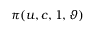
\pi ( u , c , 1 , \vartheta )